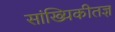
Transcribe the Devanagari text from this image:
सांख्यिकीतज्ञ